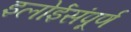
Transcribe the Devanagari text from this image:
इलोईसंपूर्ण